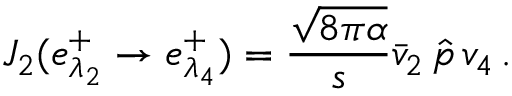
J _ { 2 } ( e _ { \lambda _ { 2 } } ^ { + } \to e _ { \lambda _ { 4 } } ^ { + } ) = { \frac { \sqrt { 8 \pi \alpha } } { s } } \bar { v } _ { 2 } \, \hat { p } \, v _ { 4 } \, .